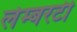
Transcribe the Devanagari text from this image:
लेम्बरटी